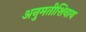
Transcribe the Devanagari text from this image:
अनुमतीशिवाय